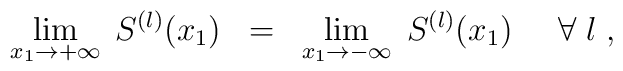
\lim_{x_1 \rightarrow + \infty} \; S^{(l)}(x_1) \; \; = \; \;\lim_{x_1 \rightarrow - \infty} \; S^{(l)}(x_1) \; \; \; \; \;\forall \; l \; ,